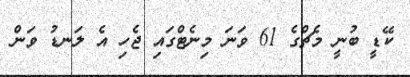
ކޭޑީ ބުނީ މެޗްގެ 61 ވަނަ މިނެޓްގައި ޖެހި އެ ލަނޑު ވަން